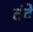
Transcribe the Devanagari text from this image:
तंदे